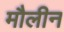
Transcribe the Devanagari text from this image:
मौलीन